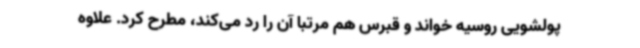
پولشویی روسیه خواند و قبرس هم مرتبا آن را رد می‌کند، مطرح کرد. علاوه